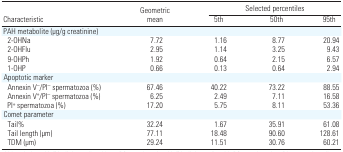
<table><thead><tr><td rowspan="2"><b>Characteristic</b></td><td rowspan="2"><b>Geometric mean</b></td><td colspan="3"><b>Selected percentiles</b></td></tr><tr><td><b>5th</b></td><td><b>50th</b></td><td><b>95th</b></td></tr></thead><tbody><tr><td colspan="5">PAH metabolite (μg/g creatinine)</td></tr><tr><td> 2-OHNa</td><td>7.72</td><td>1.16</td><td>8.77</td><td>20.94</td></tr><tr><td> 2-OHFlu</td><td>2.95</td><td>1.14</td><td>3.25</td><td>9.43</td></tr><tr><td> 9-OHPh</td><td>1.92</td><td>0.64</td><td>2.15</td><td>6.57</td></tr><tr><td> 1-OHP</td><td>0.66</td><td>0.13</td><td>0.64</td><td>2.94</td></tr><tr><td colspan="5">Apoptotic marker</td></tr><tr><td> Annexin V<sup>−</sup>/PI<sup>−</sup> spermatozoa (%)</td><td>67.46</td><td>40.22</td><td>73.22</td><td>88.55</td></tr><tr><td> Annexin V<sup>+</sup>/PI<sup>−</sup> spermatozoa (%)</td><td>6.25</td><td>2.49</td><td>7.11</td><td>16.58</td></tr><tr><td> PI<sup>+</sup> spermatozoa (%)</td><td>17.20</td><td>5.75</td><td>8.11</td><td>53.36</td></tr><tr><td colspan="5">Comet parameter</td></tr><tr><td> Tail%</td><td>32.24</td><td>1.67</td><td>35.91</td><td>61.08</td></tr><tr><td> Tail length (μm)</td><td>77.11</td><td>18.48</td><td>90.60</td><td>128.61</td></tr><tr><td> TDM (μm)</td><td>29.24</td><td>11.51</td><td>30.76</td><td>60.21</td></tr></tbody></table>